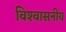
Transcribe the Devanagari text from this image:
विश्‍वासनीय